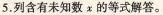
5.列含有未知数α的等式解答。